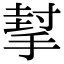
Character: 㨍